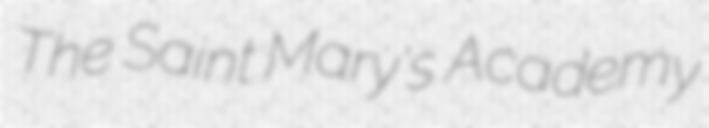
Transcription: The Saint Mary's Academy